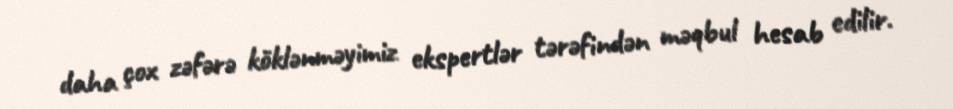
daha çox zəfərə köklənməyimiz ekspertlər tərəfindən məqbul hesab edilir.